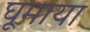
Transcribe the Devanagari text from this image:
घूमाया